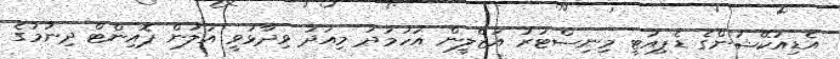
އެޑިއުކޭޝަންގެ ޑެޕިއުޓީ މިނިސްޓަރު އަޒްލީން އަހުމަދު މިއަދު ވިދާޅުވީ އަލުން ޕޮއިންޓް ދިނުމުގެ